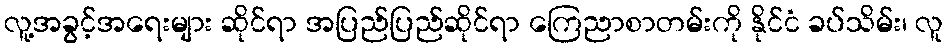
လူ့အခွင့်အရေးများ ဆိုင်ရာ အပြည်ပြည်ဆိုင်ရာ ကြေညာစာတမ်းကို နိုင်ငံ ခပ်သိမ်း၊ လူ